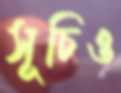
সূচিও